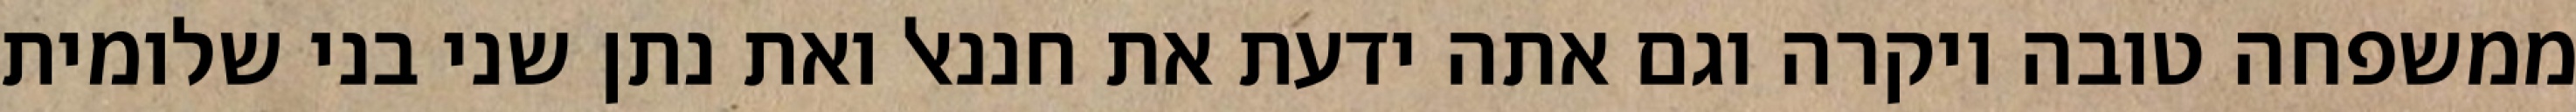
ממשפחה טובה ויקרה וגם אתה ידעת את חננאל ואת נתן שני בני שלומית